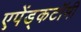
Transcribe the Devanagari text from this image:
एपेंड्कटॉमी